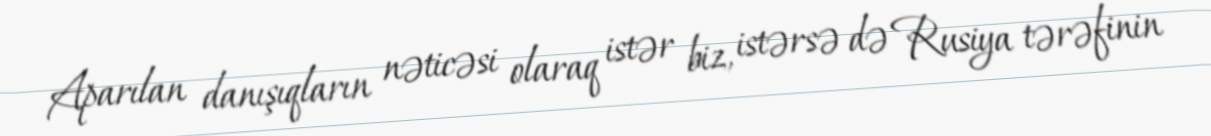
Aparılan danışıqların nəticəsi olaraq istər biz, istərsə də Rusiya tərəfinin